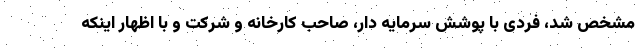
مشخص شد، فردی با پوشش سرمایه دار، صاحب کارخانه و شرکت و با اظهار اینکه